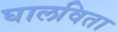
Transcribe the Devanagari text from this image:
घालविता